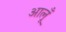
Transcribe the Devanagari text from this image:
आलूँ